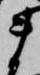
ま